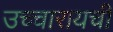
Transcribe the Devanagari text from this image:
उच्चारायची